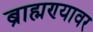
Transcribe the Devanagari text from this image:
ब्राह्मण्यावर